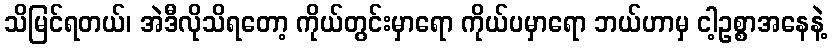
သိမြင်ရတယ်၊ အဲဒီလိုသိရတော့ ကိုယ်တွင်းမှာရော ကိုယ်ပမှာရော ဘယ်ဟာမှ ငါ့ဥစ္စာအနေနဲ့